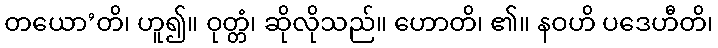
တယော’တိ၊ ဟူ၍။ ဝုတ္တံ၊ ဆိုလိုသည်။ ဟောတိ၊ ၏။ နဝဟိ ပဒေဟီတိ၊